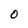
Character: O